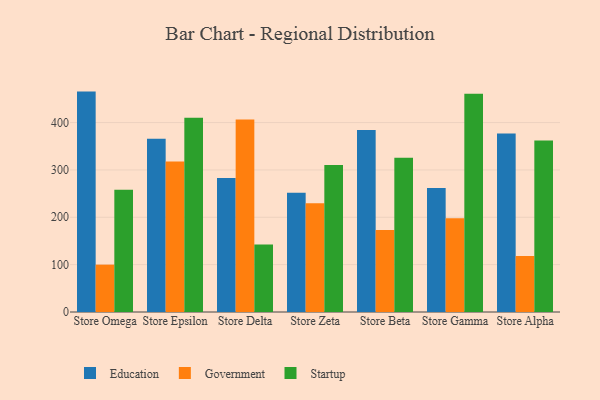
{"axis": {"x": "Store", "y": "Gross Profit (USD K)"}, "legend": ["Education", "Government", "Startup"], "data": [{"x": "Store Omega", "y": 465.4, "type": "Education"}, {"x": "Store Omega", "y": 100.0, "type": "Government"}, {"x": "Store Omega", "y": 258.1, "type": "Startup"}, {"x": "Store Epsilon", "y": 365.6, "type": "Education"}, {"x": "Store Epsilon", "y": 317.8, "type": "Government"}, {"x": "Store Epsilon", "y": 410.1, "type": "Startup"}, {"x": "Store Delta", "y": 283.2, "type": "Education"}, {"x": "Store Delta", "y": 406.7, "type": "Government"}, {"x": "Store Delta", "y": 142.5, "type": "Startup"}, {"x": "Store Zeta", "y": 252.0, "type": "Education"}, {"x": "Store Zeta", "y": 229.9, "type": "Government"}, {"x": "Store Zeta", "y": 310.4, "type": "Startup"}, {"x": "Store Beta", "y": 384.4, "type": "Education"}, {"x": "Store Beta", "y": 173.3, "type": "Government"}, {"x": "Store Beta", "y": 325.5, "type": "Startup"}, {"x": "Store Gamma", "y": 261.9, "type": "Education"}, {"x": "Store Gamma", "y": 198.1, "type": "Government"}, {"x": "Store Gamma", "y": 460.7, "type": "Startup"}, {"x": "Store Alpha", "y": 376.7, "type": "Education"}, {"x": "Store Alpha", "y": 118.5, "type": "Government"}, {"x": "Store Alpha", "y": 362.2, "type": "Startup"}]}